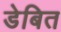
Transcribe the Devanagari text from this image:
डेबित